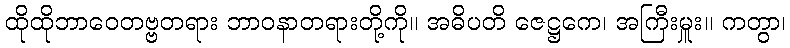
ထိုထိုဘာဝေတဗ္ဗတရား ဘာဝနာတရားတို့ကို။ အဓိပတိ ဇေဋ္ဌကေ၊ အကြီးမှူး။ ကတွာ၊